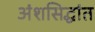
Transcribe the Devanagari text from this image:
अंशसिद्धांत